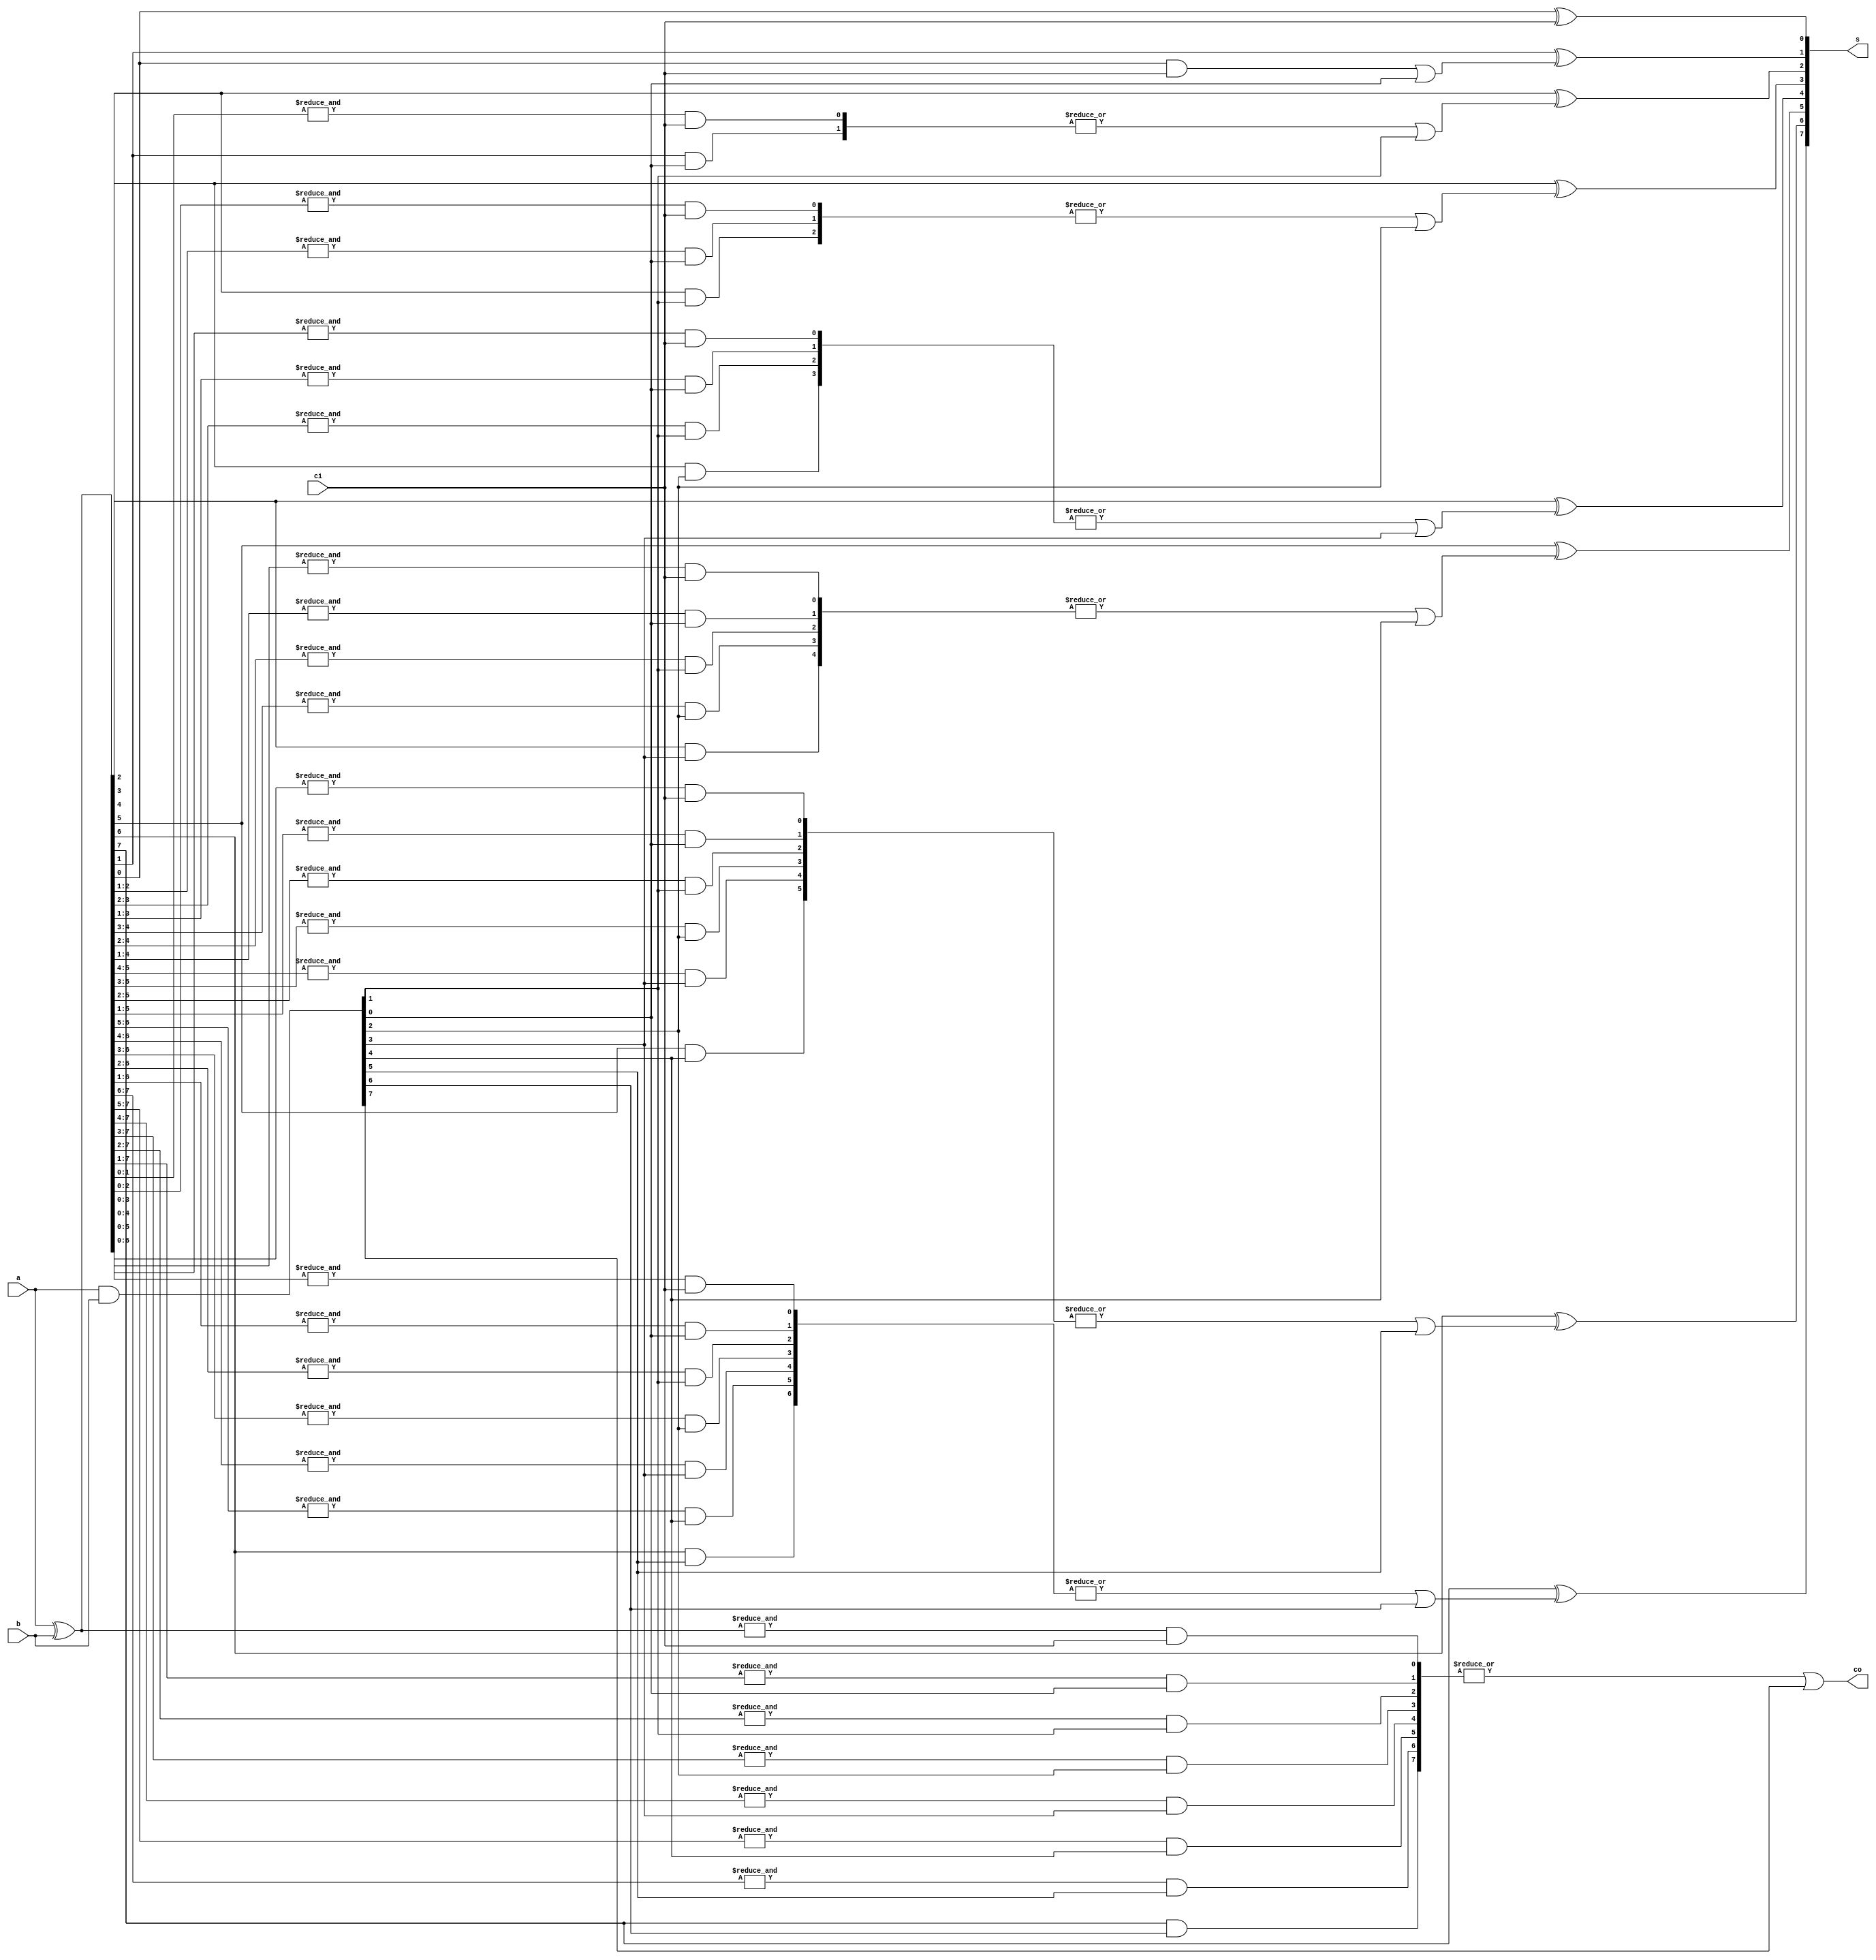
`timescale 1ns / 1ps
//////////////////////////////////////////////////////////////////////////////////
// Company: 
// Engineer: 
// 
// Design Name: 
// Module Name: Adder8
// Project Name: 
// Target Devices: 
// Tool Versions: 
// Description: 
// 
// Dependencies: 
// 
// Revision:
// Revision 0.01 - File Created
// Additional Comments:
// 
//////////////////////////////////////////////////////////////////////////////////


module Adder8(
    input   [7:0] a,b,
    input         ci,
    output  [7:0] s,
    output        co
    );

        wire    [7:0] C;
        wire    [7:0] G;
        wire    [7:0] P;

        assign  G = a & b;
        assign  P = a ^ b;

        genvar j1;
        genvar j2;
        generate
            for(j1 = 0; j1 < 8; j1 = j1 + 1) begin: BLOCK1
                wire [j1 : 0] mid;                //
                for(j2 = j1; j2 > 0; j2 = j2 - 1) begin: BLOCK2
                    assign mid[j2] = ( & P[j1 : j2] ) && G[j2-1];
                end
                assign mid[0] = ( & P[j1 : 0] ) && ci;
                assign C[j1] = ( | mid ) || G[j1];
            end
        endgenerate

        assign  s[0] = P[0] ^ ci;
        genvar  i;
        generate
            for(i = 0; i < 7; i = i + 1) begin: BLOCK3
                assign  s[i+1] = P[i+1] ^ C[i];
            end
        endgenerate
        assign  co   = C[7];
endmodule